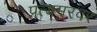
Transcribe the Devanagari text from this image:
प्रत्यमरवर